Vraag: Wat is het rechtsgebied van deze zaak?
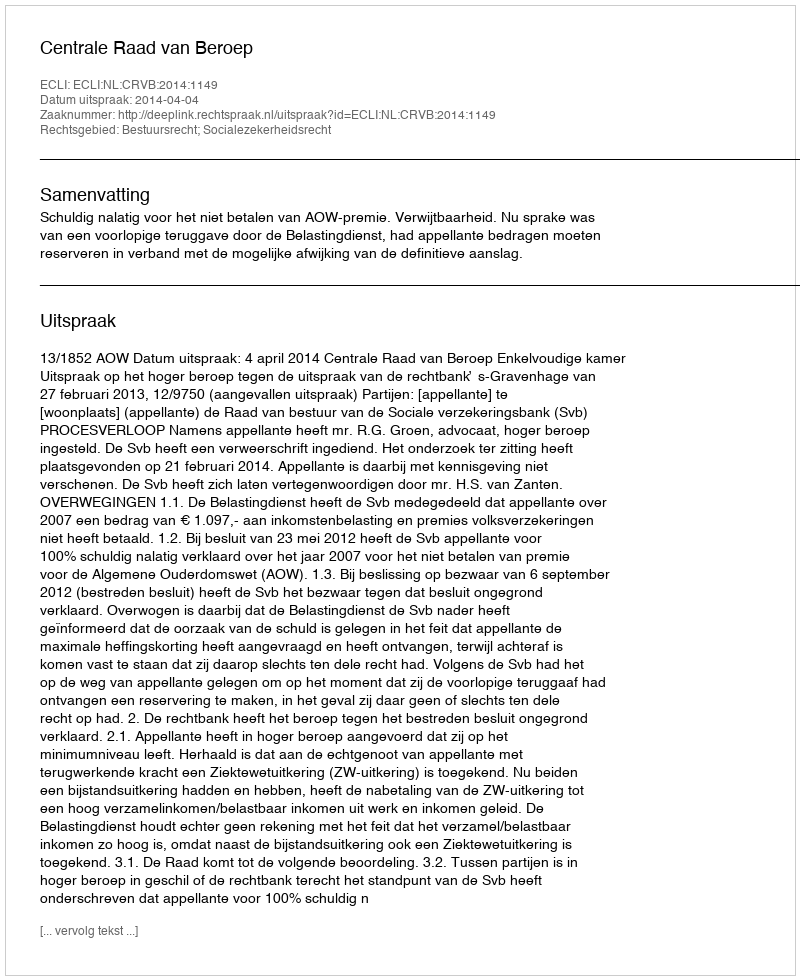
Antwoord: Bestuursrecht; Socialezekerheidsrecht